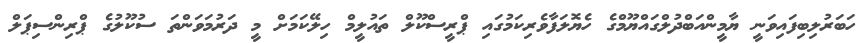
ހަބަރުލިބިފައިވަނީ ޔާމީންއަބްދުލްގައްޔޫމްގެ ހެޔޮލަފާވެރިކަމުގައި ޕްރީސްކޫލް ތައުލީމް ހިލޭކަމަށް މީ ދަރުމަވަންތަ ސުކޫލުގެ ޕްރިންސިޕަލް